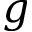
g